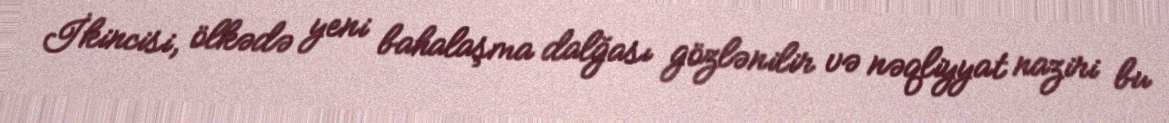
İkincisi, ölkədə yeni bahalaşma dalğası gözlənilir və nəqliyyat naziri bu